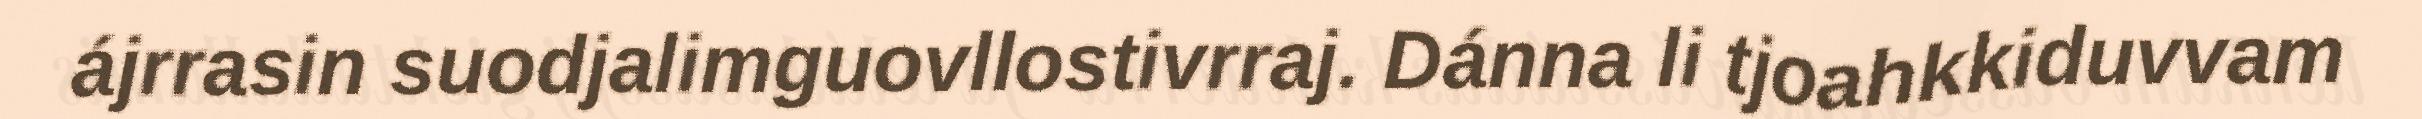
ájrrasin suodjalimguovllostivrraj. Dánna li tjoahkkiduvvam